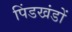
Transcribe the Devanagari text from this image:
पिंडखंडों